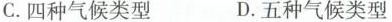
C.四种气候类型 D.五种气候类型